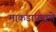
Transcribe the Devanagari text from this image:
माकडाप्रमाणे